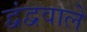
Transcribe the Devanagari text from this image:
द्वंद्ववाले